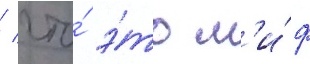
/ что́ э́то м'и́ф